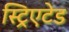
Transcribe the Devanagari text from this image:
स्ट्रिएटेड